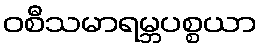
ဝစီသမာရမ္ဘပစ္စယာ